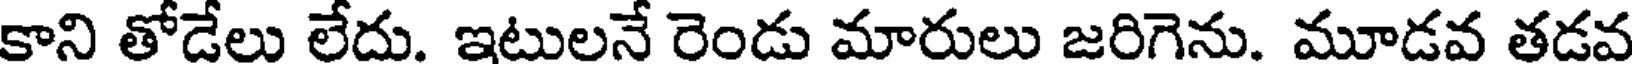
కాని తోడేలు లేదు. ఇటులనే రెండు మారులు జరిగెను. మూడవ తడవ